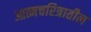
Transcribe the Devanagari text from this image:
आत्मचरित्रातील